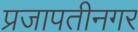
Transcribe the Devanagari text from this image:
प्रजापतीनगर